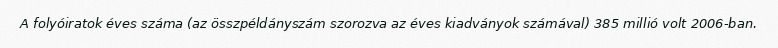
A folyóiratok éves száma (az összpéldányszám szorozva az éves kiadványok számával) 385 millió volt 2006-ban.